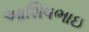
આશિષભાઇ